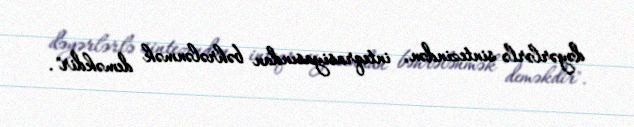
dəyərlərlə sintezindən, inteqrasiyasından bəhrələnmək deməkdir".